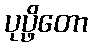
ပုပ္ဖိတော